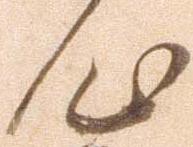
歟